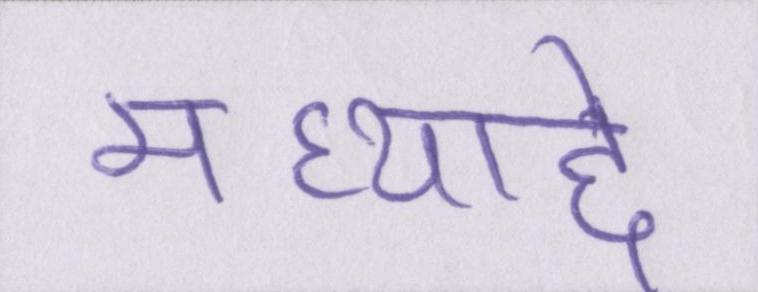
मध्याद्दे